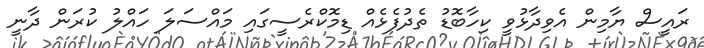
ރައީސް ޔާމިން އެވިދާޅުވީ ކިހާބޮޑު ތެދުފެޅެއް ޑިމޮކްރެސީގައި މައްސަލަ ހައްލު ކުރަން ދާނީ